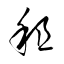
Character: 租